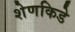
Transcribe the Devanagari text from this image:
शेणकिडे